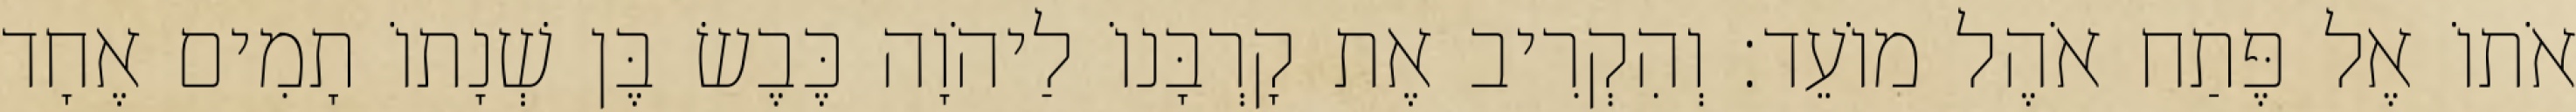
אֹתוֹ אֶל פֶּתַח אֹהֶל מוֹעֵד׃ וְהִקְרִיב אֶת קָרְבָּנוֹ לַיהֹוָה כֶּבֶשׂ בֶּן שְׁנָתוֹ תָמִים אֶחָד